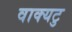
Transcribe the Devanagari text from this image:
वाक्यटु